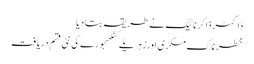
ڈاکٹر ذاکر نائیک نے طریقہ بتا دیا
خطرناک مکڑی اورزہریلے کنکھجورے کی نئی قسم دریافت